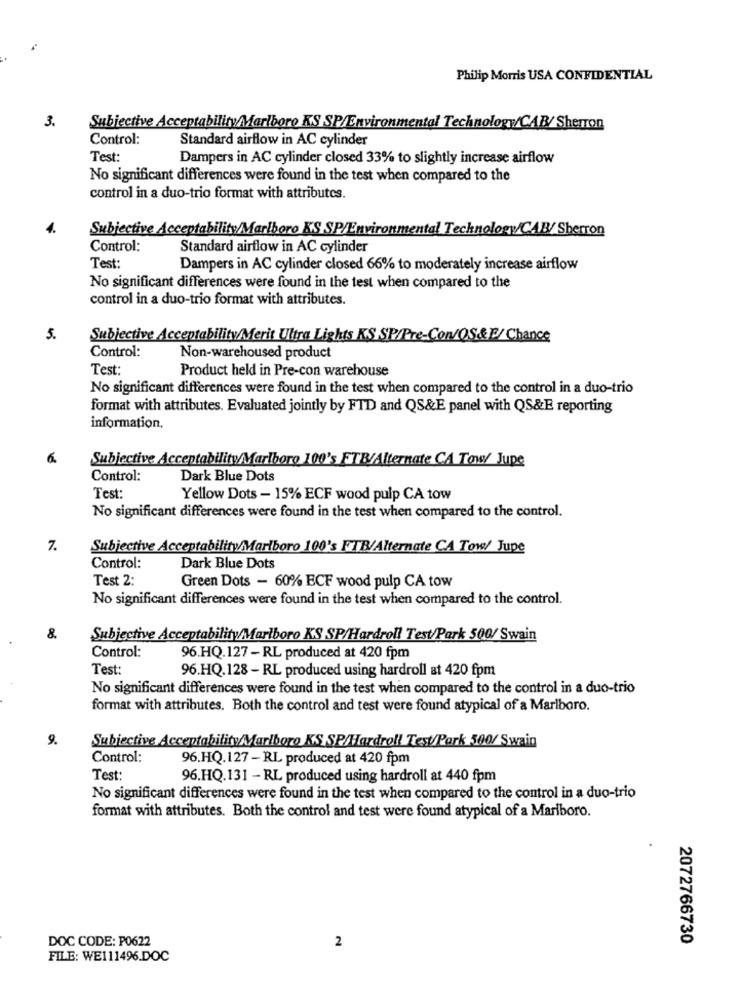
Philip Morris USA CONFIDENTIAL
3.
Subjective Acceptability Marlboro KS SP/Environmental Technology/CAR/ Sherron
Control:
Standard airflow in AC cylinder
Test:
Dampers in AC cylinder closed 33% to slightly increase airflow
No significant differences were found in the test when compared to the
control in a duo-trio format with attributes.
Subjective Acceptability/Marlboro KS SP/Environmental Technology/CAB/ Sherron
Control:
Standard airflow in AC cylinder
Test:
Dampers in AC cylinder closed 66% to moderately increase airflow
No significant differences were found in the test when compared to the
control in a duo-trio format with attributes.
5.
Subjective AcceptabilityMerit Ultra Lights KS SP/Pre-Con/QS&F/ Chance
Control:
Non-warehoused product
Test:
Product held in Pre-con warehouse
No significant differences were found in the test when compared to the control in a duo-trio
format with attributes. Evaluated jointly by FTD and QS&E panel with QS&E reporting
information,
6.
Subjective Acceptability/Marlboro 100's FTB/Alternate CA Tow/ Jupe
Control:
Dark Blue Dots
Test:
Yellow Dots - 15% ECF wood pulp CA tow
No significant differences were found in the test when compared to the control.
7.
Subjective AcceptabilityMarlboro 100's FTB/Alternate CA Tow/ Jupe
Control:
Dark Blue Dots
Test 2:
Green Dots - 60% ECF wood pulp CA tow
No significant differences were found in the test when compared to the control.
8.
Subjective AcceptabilityMarlboro KS SP/Hardroll Test/Park 500/ Swain
Control:
96.HQ.127 -RL produced at 420 fpm
Test:
96.HQ.128 - RL produced using hardroll at 420 fpm
No significant differences were found in the test when compared to the control in a duo-trio
format with attributes. Both the control and test were found atypical of a Marlboro.
9.
Subjective AcceptabilityMarlboro KS SP/Hardroll Test/Park 500/ Swain
Control:
96.HQ.127 - RL produced at 420 fpm
Test:
96.HQ.131 - RL produced using hardroll at 440 fpm
No significant differences were found in the test when compared to the control in a duo-trio
format with attributes. Both the control and test were found atypical of a Marlboro.
DOC CODE: P0622
2072766730
2
FILE: WE111496.DOC